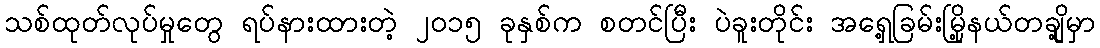
သစ်ထုတ်လုပ်မှုတွေ ရပ်နားထားတဲ့ ၂ဝ၁၅ ခုနှစ်က စတင်ပြီး ပဲခူးတိုင်း အရှေ့ခြမ်းမြို့နယ်တချို့မှာ